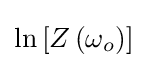
\ln \left[Z\left(\omega _{o}\right)\right]